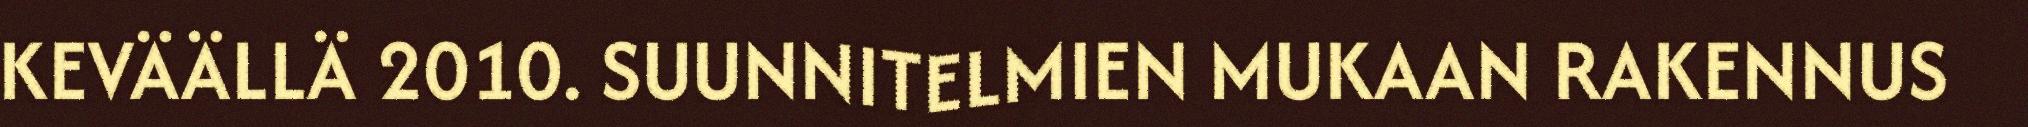
KEVÄÄLLÄ 2010. SUUNNITELMIEN MUKAAN RAKENNUS